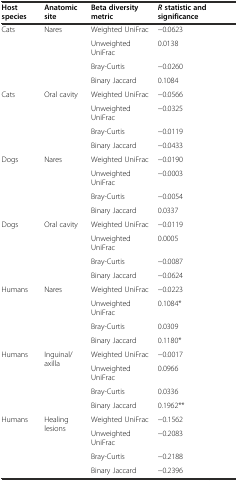
<table><thead><tr><td><b>Host species</b></td><td><b>Anatomic site</b></td><td><b>Beta diversity metric</b></td><td><b><i>R</i>statistic and significance</b></td></tr></thead><tbody><tr><td rowspan="4">Cats</td><td rowspan="4">Nares</td><td>Weighted UniFrac</td><td>−0.0623</td></tr><tr><td>Unweighted UniFrac</td><td>0.0138</td></tr><tr><td>Bray-Curtis</td><td>−0.0260</td></tr><tr><td>Binary Jaccard</td><td>0.1084</td></tr><tr><td rowspan="4">Cats</td><td rowspan="4">Oral cavity</td><td>Weighted UniFrac</td><td>−0.0566</td></tr><tr><td>Unweighted UniFrac</td><td>−0.0325</td></tr><tr><td>Bray-Curtis</td><td>−0.0119</td></tr><tr><td>Binary Jaccard</td><td>−0.0433</td></tr><tr><td rowspan="4">Dogs</td><td rowspan="4">Nares</td><td>Weighted UniFrac</td><td>−0.0190</td></tr><tr><td>Unweighted UniFrac</td><td>−0.0003</td></tr><tr><td>Bray-Curtis</td><td>−0.0054</td></tr><tr><td>Binary Jaccard</td><td>0.0337</td></tr><tr><td rowspan="4">Dogs</td><td rowspan="4">Oral cavity</td><td>Weighted UniFrac</td><td>−0.0119</td></tr><tr><td>Unweighted UniFrac</td><td>0.0005</td></tr><tr><td>Bray-Curtis</td><td>−0.0087</td></tr><tr><td>Binary Jaccard</td><td>−0.0624</td></tr><tr><td rowspan="4">Humans</td><td rowspan="4">Nares</td><td>Weighted UniFrac</td><td>−0.0223</td></tr><tr><td>Unweighted UniFrac</td><td>0.1084*</td></tr><tr><td>Bray-Curtis</td><td>0.0309</td></tr><tr><td>Binary Jaccard</td><td>0.1180*</td></tr><tr><td rowspan="4">Humans</td><td rowspan="4">Inguinal/axilla</td><td>Weighted UniFrac</td><td>−0.0017</td></tr><tr><td>Unweighted UniFrac</td><td>0.0966</td></tr><tr><td>Bray-Curtis</td><td>0.0336</td></tr><tr><td>Binary Jaccard</td><td>0.1962**</td></tr><tr><td rowspan="4">Humans</td><td rowspan="4">Healing lesions</td><td>Weighted UniFrac</td><td>−0.1562</td></tr><tr><td>Unweighted UniFrac</td><td>−0.2083</td></tr><tr><td>Bray-Curtis</td><td>−0.2188</td></tr><tr><td>Binary Jaccard</td><td>−0.2396</td></tr></tbody></table>